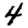
Digit: 4